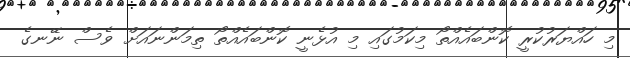
މި ހައްޔަރުކުރީ ކޮންބައެއްތޯ މިކަމުގައި މި އުޅެނީ ކޮންބައެއްތޯ ތިމަންނައަށް ވެސް ނޭނގެ